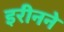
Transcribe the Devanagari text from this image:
इरीनने